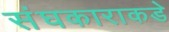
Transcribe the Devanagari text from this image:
संघकाराकडे